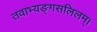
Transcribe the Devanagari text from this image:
तवाभ्यङ्गसलिलम्।